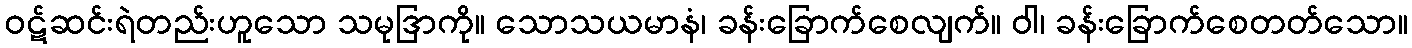
ဝဋ်ဆင်းရဲတည်းဟူသော သမုဒြာကို။ သောသယမာနံ၊ ခန်းခြောက်စေလျက်။ ဝါ၊ ခန်းခြောက်စေတတ်သော။